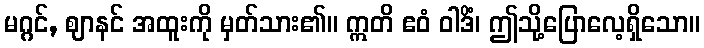
မဂ္ဂင်, ဈာနင် အထူးကို မှတ်သား၏။ ဣတိ ဧဝံ ဝါဒိံ၊ ဤသို့ပြောလေ့ရှိသော။